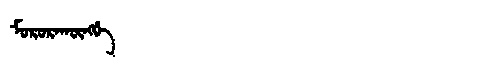
Manchu: ᠮᠣᡵᠣᡵᠠᡴᡡᠩᡤᡝ
Romanization: MORORAKŪNGGE